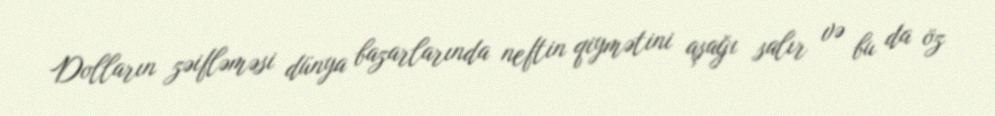
Dolların zəifləməsi dünya bazarlarında neftin qiymətini aşağı salır və bu da öz